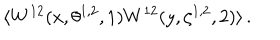
LaTeX: \langle W ^ { 1 2 } ( x , \theta ^ { 1 , 2 } , 1 ) W ^ { 1 2 } ( y , \zeta ^ { 1 , 2 } , 2 ) \rangle \, .